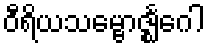
ဝီရိယသမ္ဗောဇ္ဈင်္ဂေါ